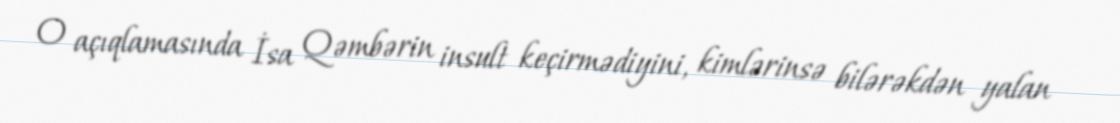
O açıqlamasında İsa Qəmbərin insult keçirmədiyini, kimlərinsə bilərəkdən yalan